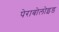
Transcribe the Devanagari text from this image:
पेराबोलोइड